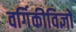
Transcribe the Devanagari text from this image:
वर्गिकीविज्ञों